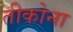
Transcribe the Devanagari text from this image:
तीकोना